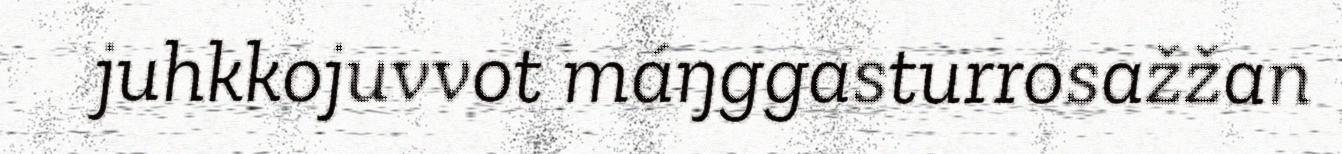
juhkkojuvvot máŋggasturrosažžan